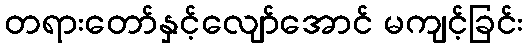
တရားတော်နှင့်လျော်အောင် မကျင့်ခြင်း